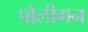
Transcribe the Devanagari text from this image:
पोलीगन